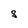
Character: S